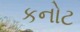
કનોટ